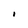
Character: l